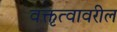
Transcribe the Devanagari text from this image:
वक्तृत्वावरील